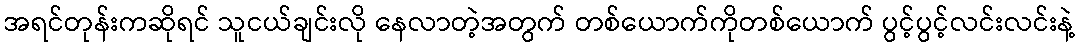
အရင်တုန်းကဆိုရင် သူငယ်ချင်းလို နေလာတဲ့အတွက် တစ်ယောက်ကိုတစ်ယောက် ပွင့်ပွင့်လင်းလင်းနဲ့